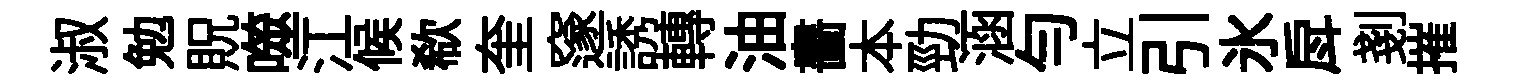
淑勉貺噬江候欷奎邃誘轉油畵本勁涵匀立引氷戽剗摧